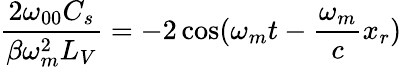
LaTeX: \frac{2\omega_{00}C_{s}}{\beta\omega_{m}^{2}L_{V}}=-2\cos(\omega_{m}t-\frac{\omega_{m}}{c}x_{r})